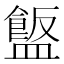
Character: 𪾗